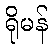
ရိုမန်